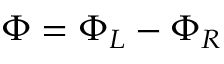
\Phi = \Phi _ { L } - \Phi _ { R }